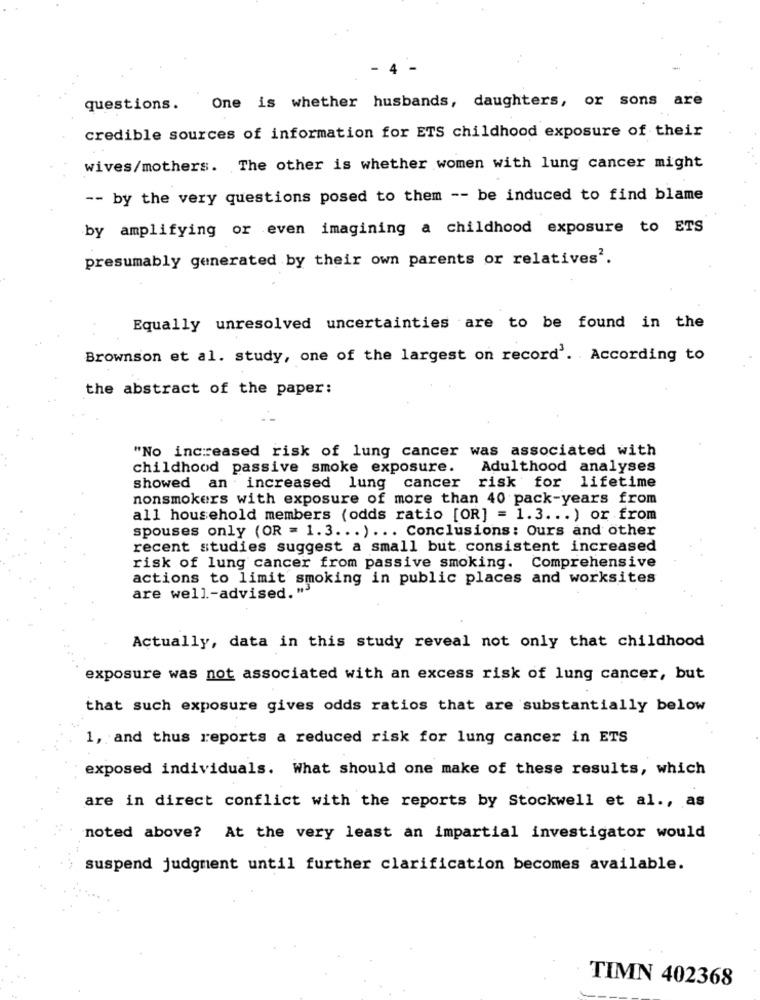
questions. One is whether husbands, daughters, or sons are
credible sources of information for ETS childhood exposure of their
wives/mothers. The other is whether women with lung cancer might
-- by the very questions posed to them -- be induced to find blame
by amplifying or even imagining a childhood exposure to ETS
presumably generated by their own parents or relatives'.
Equally unresolved uncertainties are to be found in the
Brownson et al. study, one of the largest on record'. According to
the abstract of the paper:
"No increased risk of lung cancer was associated with
childhood passive smoke exposure.
Adulthood analyses
showed an increased lung cancer risk for lifetime
nonsmokers with exposure of more than 40 pack-years from
all household members (odds ratio [OR] = 1.3 ... ) or from
spouses only (OR = 1.3 ... ) ... Conclusions: Ours and other
recent studies suggest a small but consistent increased
risk of lung cancer from passive smoking. Comprehensive
actions to limit smoking in public places and worksites
are well-advised. "3"
Actually, data in this study reveal not only that childhood
exposure was not associated with an excess risk of lung cancer, but
that such exposure gives odds ratios that are substantially below
1, and thus reports a reduced risk for lung cancer in ETS
exposed individuals. What should one make of these results, which
are in direct conflict with the reports by Stockwell et al ., as
noted above? At the very least an impartial investigator would
suspend judgment until further clarification becomes available.
TIMN 402368